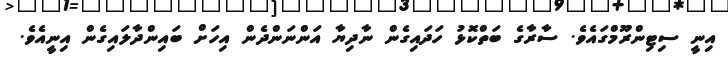
އިނީ ސިޓިންރޫމްގައެވެ. ސާރާގެ ބަތްކޮޅު ހަދައިގެން ނާދިޔާ އަންނަންދެން އިހަށް ބައިންދާލައިގެން އިނީއެވެ.